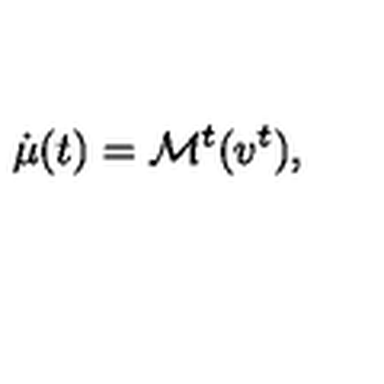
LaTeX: \dot { \mu } ( t ) = { \mathcal M } ^ { t } ( v ^ { t } ) ,